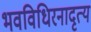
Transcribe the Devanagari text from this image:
भवविधिरनादृत्य